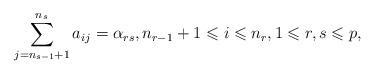
LaTeX: \begin{align*} \sum_{j=n_{s-1}+1}^{n_{s}}a_{ij}= \alpha_{rs}, n_{r-1}+1 \leqslant i \leqslant n_{r}, 1 \leqslant r,s \leqslant p, \end{align*}